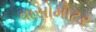
વાસોમોટર